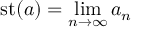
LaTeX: \operatorname { s t } ( a ) = \operatorname* { l i m } _ { n \to \infty } a _ { n }